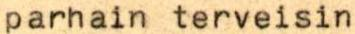
parhain terveisin